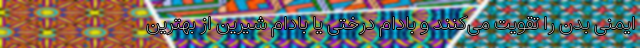
ایمنی بدن را تقویت می‌کنند و بادام درختی یا بادام شیرین از بهترین